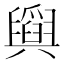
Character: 𦦪